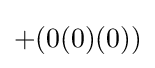
+(0(0)(0))